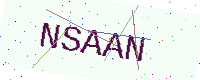
Text: NSAAN